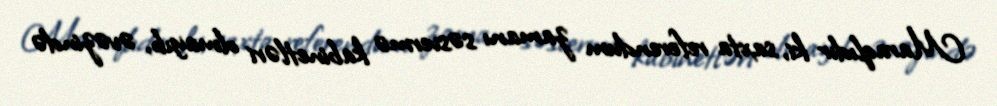
Maraqlıdır ki, saxta referendum zamanı səsvermə kabinetləri olmayıb, əvəzində